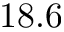
1 8 . 6